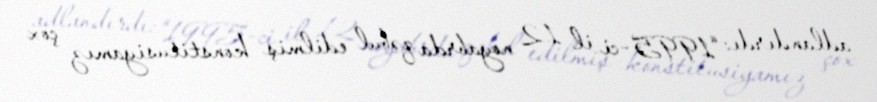
adlandırdı: “1995-ci il 12 noyabrda qəbul edilmiş konstitusiyamız çox